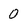
Character: 0